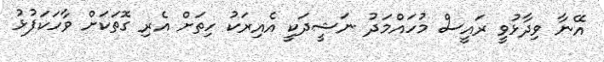
އޭނާ ވިދާޅުވީ ރައީސް މުހައްމަދު ނަޝީދަކީ އެއިރަކު ހިތަށް އެރި ގޮތަކަށް ވާހަކަފުޅު